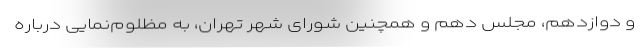
و دوازدهم، مجلس دهم و همچنین شورای شهر تهران، به مظلوم‌نمایی درباره